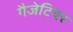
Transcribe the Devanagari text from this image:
गैजेटियर